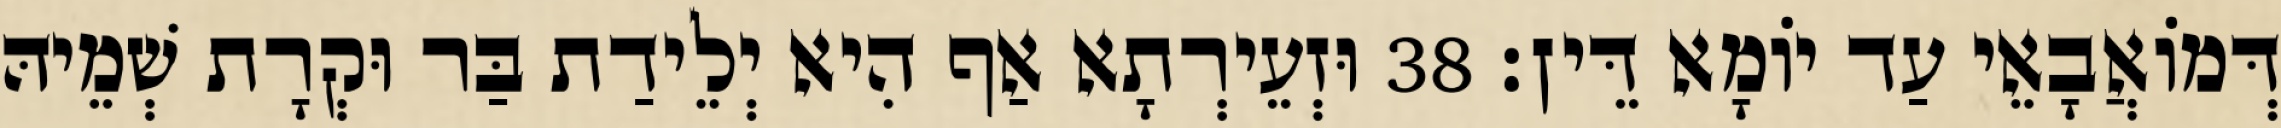
דְּמוֹאֲבָאֵי עַד יוֹמָא דֵּין׃ 38 וּזְעֵירְתָא אַף הִיא יְלֵידַת בַּר וּקְרָת שְׁמֵיהּ